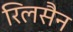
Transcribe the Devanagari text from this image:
रिलसैन